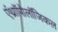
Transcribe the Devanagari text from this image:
एंथ्राॉपोलॉजिकल